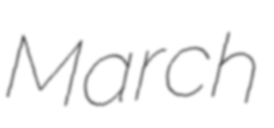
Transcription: March